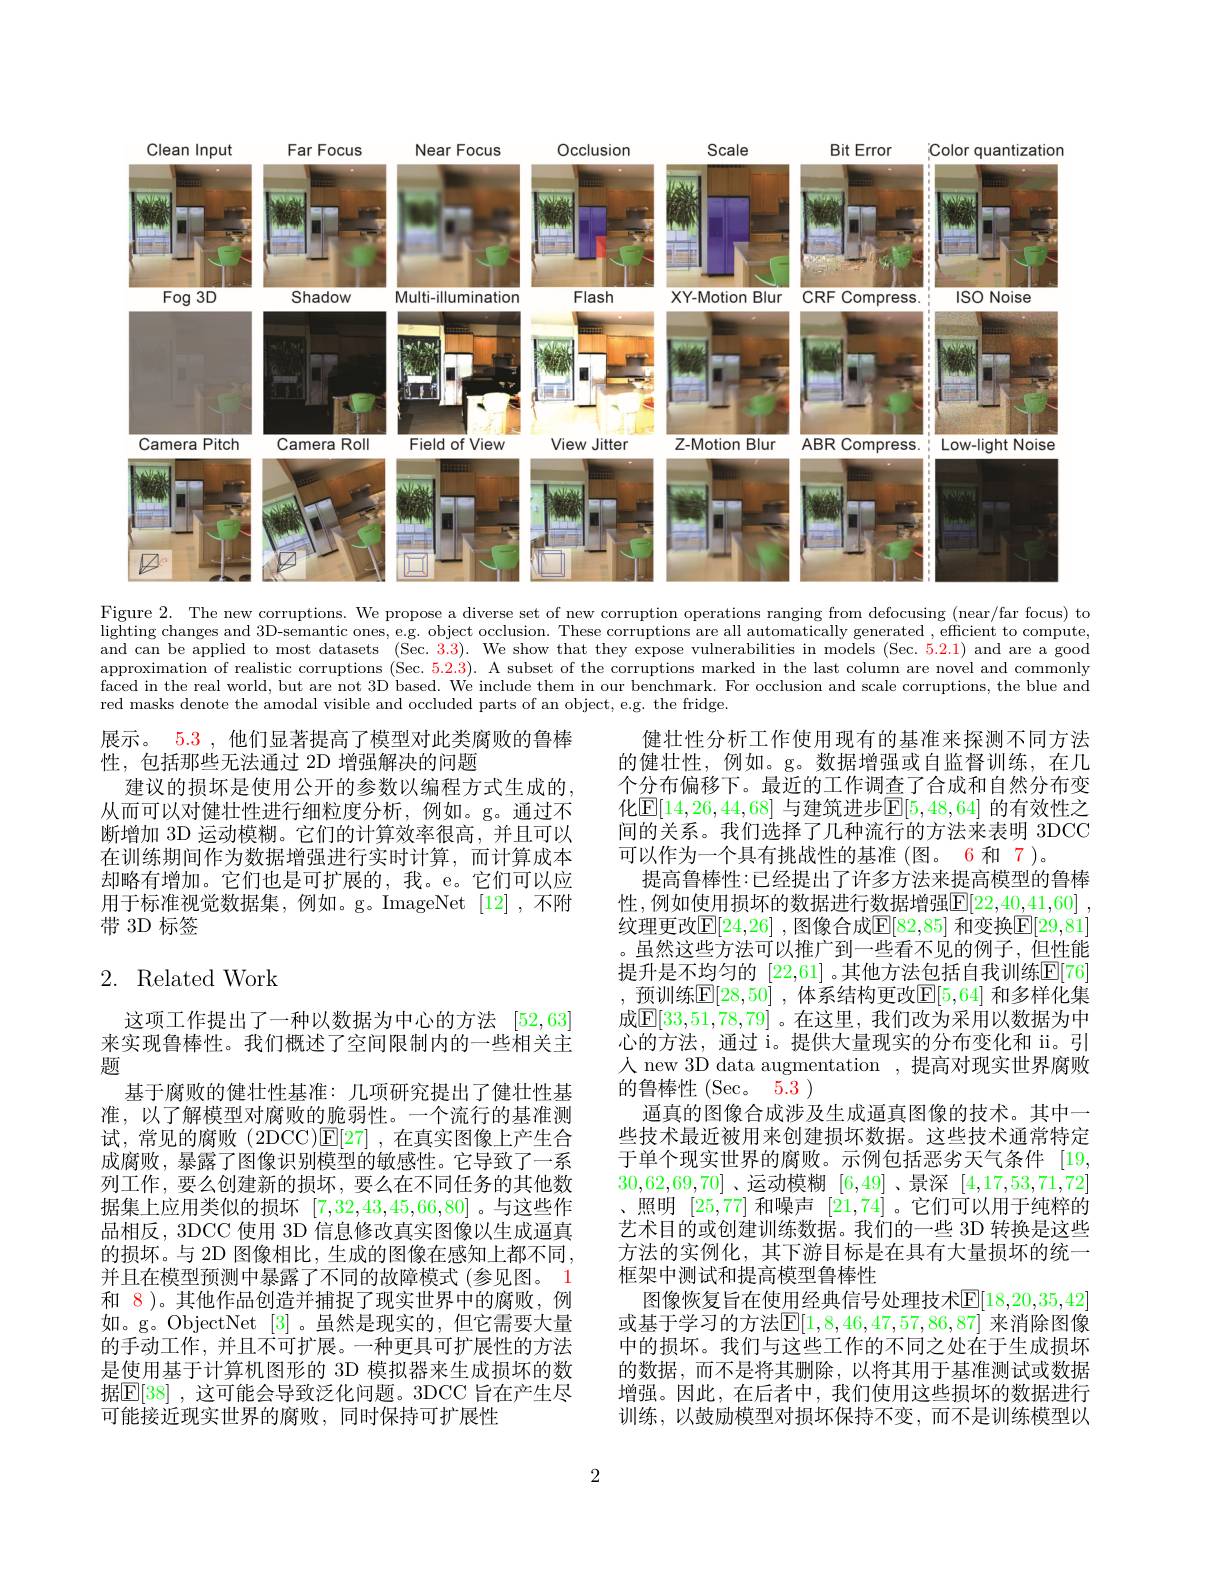
<FigureHere>
Figure 2. The new corruptions. We propose a diverse set of new corruption operations ranging from defocusing (near/far focus) to

$\bar{\text{lighting changes and 3D-semantic ones, e.g. object occlusion. These corruptions are all automatically generated , efficient to compute,}}$ and can be applied to most datasets (Sec. 3.3). We show that they expose vulnerabilities in models (Sec.5.2.1) and are a good approximation of realistic corruptions (Sec. 5.2.3). A subset of the corruptions marked in the last column are novel and commonly faced in the real world, but are not 3D based. Wé include them in our benchmark. For occlusion and scale corruptions, the blue and red masks denote the amodal visible and occluded parts of an object, e.g. the fridge.

展示。5.3 , 他们显著提高了模型对此类腐败的鲁棒
性，包括那些无法通过 2D 增强解决的问题
建议的损坏是使用公开的参数以编程方式生成的， 从而可以对健壮性进行细粒度分析，例如。g。通过不断增加 3D 运动模糊。它们的计算效率很高，并且可以在训练期间作为数据增强进行实时计算，而计算成本却略有增加。它们也是可扩展的，我。e。它们可以应用于标准视觉数据集，例如。g。ImageNet [12],不附带 3D 标签

# 2. Related Work

健壮性分析工作使用现有的基准来探测不同方法的健壮性，例如。g。数据增强或自监督训练，在几个分布偏移下。最近的工作调查了合成和自然分布变化$\boxed{\mathrm{E}}[14,26,44,68]$ 与建筑进步$\boxed{\mathrm{F}}[5,48,64]$ 的有效性之间的关系。我们选择了几种流行的方法来表明 3DCC 可以作为一个具有挑战性的基准 (图。6 和 7)。
提高鲁棒性：已经提出了许多方法来提高模型的鲁棒性，例如使用损坏的数据进行数据增强$\mathbb{E}[22,40,41,60]$ , 纹理更改$\mathbb{E}[24,26]$ ,图像合成$\mathbb{E}[82,85]$ 和变换$\mathbb{E}[29,81]$ 。虽然这些方法可以推广到一些看不见的例子，但性能提升是不均匀的 [22,61] 。其他方法包括自我训练$\mathbb{E}[76]$ ,预训练$\mathbb{E}[28,50]$ ,体系结构更改$\mathbb{E}[5,64]$ 和多样化集成$\mathbb{E}[33,51,78,79]$ 。在这里，我们改为采用以数据为中心的方法，通过 i。提供大量现实的分布变化和 ii。引人 new 3D data augmentation ,提高对现实世界腐败的鲁棒性 (Sec。5.3 )
逼真的图像合成涉及生成逼真图像的技术。其中一些技术最近被用来创建损坏数据。这些技术通常特定于单个现实世界的腐败。示例包括恶劣天气条件 [19, 30,62,69,70] 、运动模糊[6,49] 、景深[4,17,53,71,72] 、照明[25,77]和噪声[21,74]。它们可以用于纯粹的艺术目的或创建训练数据。我们的一些 3D 转换是这些方法的实例化，其下游目标是在具有大量损坏的统一框架中测试和提高模型鲁棒性
图像恢复旨在使用经典信号处理技术$\overline{\mathbb{E}}[18,20,35,42]$ 或基于学习的方法$\mathbb{E}[1,8,46,47,57,86,87]$ 来消除图像中的损坏。我们与这些工作的不同之处在于生成损坏的数据，而不是将其删除，以将其用于基准测试或数据增强。因此，在后者中，我们使用这些损坏的数据进行训练，以鼓励模型对损坏保持不变，而不是训练模型以

这项工作提出了一种以数据为中心的方法[52,63] 来实现鲁棒性。我们概述了空间限制内的一些相关主题
基于腐败的健壮性基准：几项研究提出了健壮性基准，以了解模型对腐败的脆弱性。一个流行的基准测试，常见的腐败(2DCC)E[27] ,在真实图像上产生合成腐败，暴露了图像识别模型的敏感性。它导致了一系列工作，要么创建新的损坏，要么在不同任务的其他数据集上应用类似的损坏[7,32,43,45,66,80] 。与这些作品相反，3DCC 使用 3D 信息修改真实图像以生成逼真的损坏。与 2D 图像相比，生成的图像在感知上都不同， 并且在模型预测中暴露了不同的故障模式(参见图。1和 8)。其他作品创造并捕捉了现实世界中的腐败，例如。g。ObjectNet [3]。虽然是现实的，但它需要大量的手动工作，并且不可扩展。一种更具可扩展性的方法是使用基于计算机图形的 3D 模拟器来生成损坏的数据$\mathbb{E}[38]$ ,这可能会导致泛化问题。3DCC 旨在产生尽可能接近现实世界的腐败，同时保持可扩展性

2